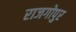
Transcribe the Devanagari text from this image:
राजगोपुर